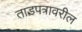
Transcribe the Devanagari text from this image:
ताडपत्रावरील